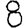
Digit: 8